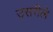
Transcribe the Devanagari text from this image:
उसरीले